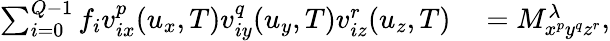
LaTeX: \begin{array}{rl}{\sum_{i=0}^{Q-1}f_{i}v_{ix}^{p}(u_{x},T)v_{iy}^{q}(u_{y},T)v_{iz}^{r}(u_{z},T)}&{{}=M_{x^{p}y^{q}z^{r}}^{\lambda},}\end{array}